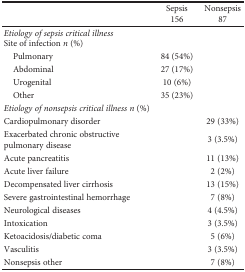
<table><thead><tr><td rowspan="2"></td><td><b>Sepsis</b></td><td><b>Nonsepsis</b></td></tr><tr><td><b>156</b></td><td><b>87</b></td></tr></thead><tbody><tr><td><i>Etiology of sepsis critical illness</i>Site of infection <i>n</i> (%)</td><td></td></tr><tr><td> Pulmonary</td><td>84 (54%)</td><td></td></tr><tr><td> Abdominal</td><td>27 (17%)</td><td></td></tr><tr><td> Urogenital</td><td>10 (6%)</td><td></td></tr><tr><td> Other</td><td>35 (23%)</td><td></td></tr><tr><td><i>Etiology of nonsepsis critical illness n</i> (%)</td><td></td><td></td></tr><tr><td>Cardiopulmonary disorder</td><td></td><td>29 (33%)</td></tr><tr><td>Exacerbated chronic obstructive pulmonary disease</td><td></td><td>3 (3.5%)</td></tr><tr><td>Acute pancreatitis</td><td></td><td>11 (13%)</td></tr><tr><td>Acute liver failure</td><td></td><td>2 (2%)</td></tr><tr><td>Decompensated liver cirrhosis</td><td></td><td>13 (15%)</td></tr><tr><td>Severe gastrointestinal hemorrhage</td><td></td><td>7 (8%)</td></tr><tr><td>Neurological diseases</td><td></td><td>4 (4.5%)</td></tr><tr><td>Intoxication</td><td></td><td>3 (3.5%)</td></tr><tr><td>Ketoacidosis/diabetic coma</td><td></td><td>5 (6%)</td></tr><tr><td>Vasculitis</td><td></td><td>3 (3.5%)</td></tr><tr><td>Nonsepsis other</td><td></td><td>7 (8%)</td></tr></tbody></table>